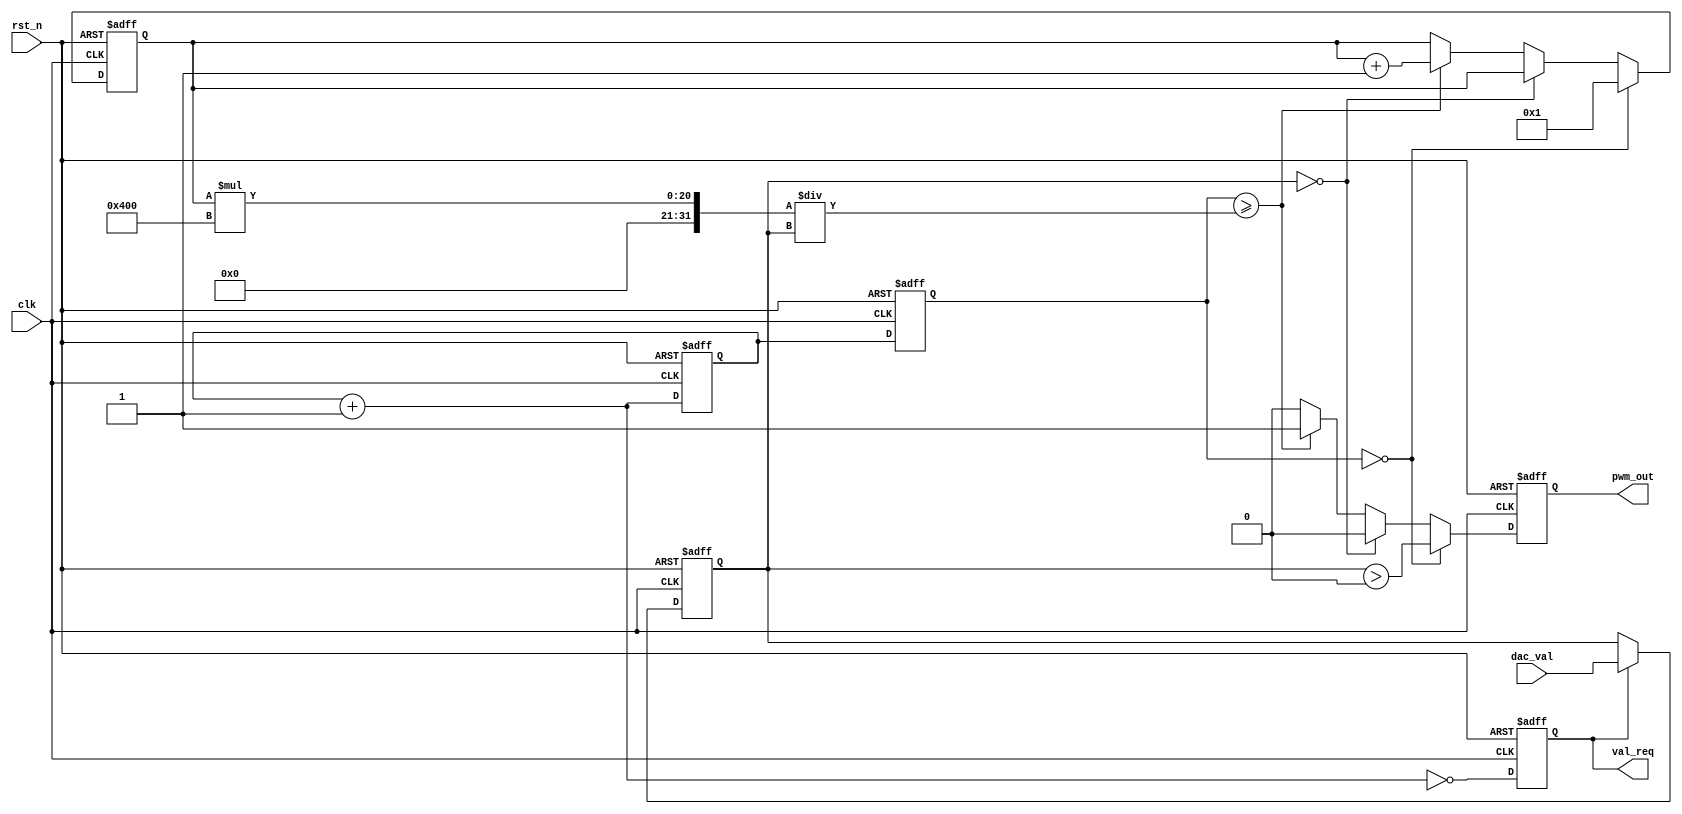
module pwm #(
    parameter PWM_BITS = 10
)(
    input wire clk,
    input wire rst_n,
    input wire [PWM_BITS-1:0] dac_val, 

    output reg val_req,
    output reg pwm_out
);

localparam N = (1<<PWM_BITS);
//localparam dac_val = 12'd128;

initial begin 
    val_req = 1'b0;
    pwm_out = 1'b0;
end

reg [PWM_BITS-1:0] cnt = 0, cntr = 0, pwm_valr = 0, idx = 0;

always @(posedge clk or negedge rst_n) begin
    if(~rst_n) begin
        cnt = 0;
        val_req = 1'b0;
    end
    else begin
        cnt = cnt + 1;
        val_req = (cnt==0);
    end
end

always @(posedge clk or negedge rst_n) begin
    if(~rst_n) begin
        cntr = 0;
        pwm_valr = 0;
    end
    else begin
        cntr = cnt;
        if(val_req) begin
            pwm_valr = dac_val;
        end
    end
end

always @(posedge clk or negedge rst_n) begin
    if(~rst_n) begin
        idx = 0;
        pwm_out = 1'b0;
    end
    else begin
        if(cntr==0) begin
            idx = 1;
            pwm_out = (pwm_valr>0);
        end
        else begin
            if(pwm_valr==0) begin
                pwm_out = 1'b0;
            end
            else if(cntr >= (idx*N/pwm_valr)) begin
                idx = idx+1;
                pwm_out = 1'b1;
            end else begin
                pwm_out = 1'b0;
            end
        end
    end
end
endmodule